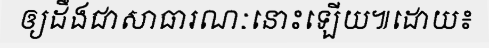
ឲ្យដឹងជាសាធារណៈនោះឡើយ៕ដោយ៖